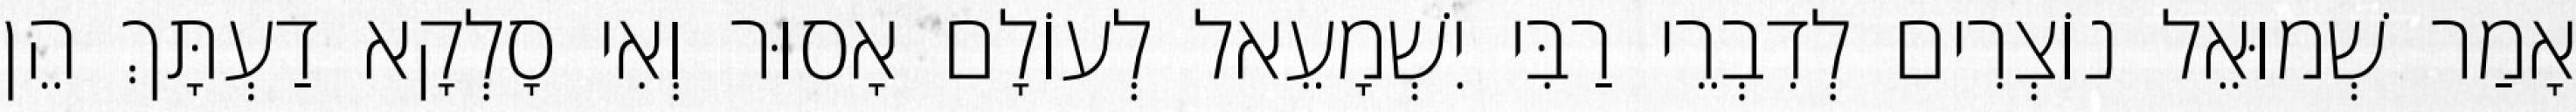
אָמַר שְׁמוּאֵל נוֹצְרִים לְדִבְרֵי רַבִּי יִשְׁמָעֵאל לְעוֹלָם אָסוּר וְאִי סָלְקָא דַעְתָּךְ הֵן